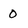
Character: 0